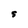
Character: S